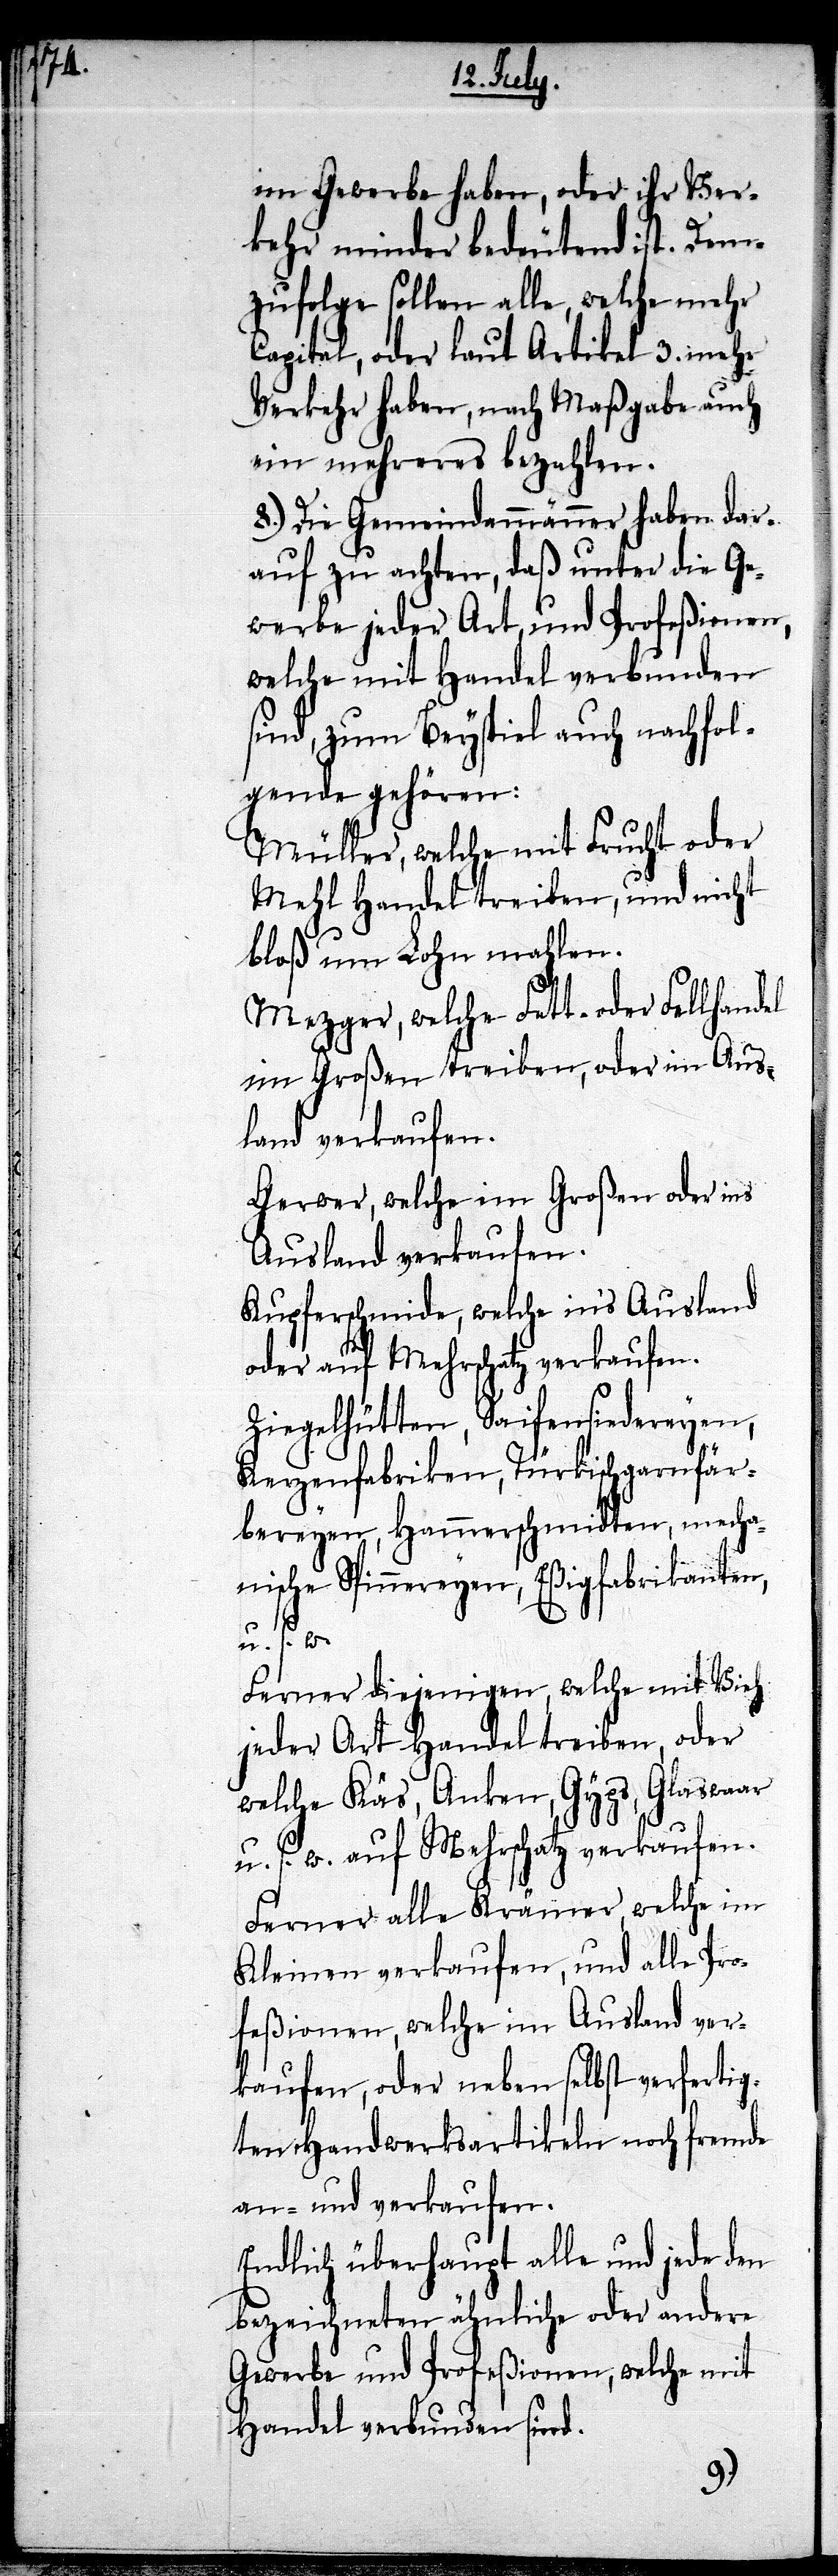
im Gewerbe haben, oder ihr Ver¬
kehr minder bedeutend ist. Dem¬
zufolge sollen alle, welche mehr
Capital, oder laut Artikel 3. mehr
Verkehr haben, nach Maßgabe auch
ein mehreres bezahlen.
8.) Die Gemeindammänner haben dar¬
auf zu achten, daß unter die Ge¬
werbe jeder Art, und Profeßionen,
welche mit Handel verbunden
sind, zum Beyspiel auch nachfol¬
gende gehören:
Müller, welche mit Frucht oder
Mehl Handel treiben, und nicht
bloß um Lohn mahlen.
Mezger, welche Fett- oder Fellhandel
im Großen treiben, oder im Aus¬
land verkaufen.
Gerwer, welche im Großen oder ins
Ausland verkaufen.
Kupferschmide, welche inʼs Ausland
oder auf Mehrschatz verkaufen.
Ziegelhütten, Saifensiedereyen,
Kerzenfabriken, Türkischgarnfär¬
bereyen, Hammerschmidten, mecha¬
nische Spinnereyen, Eßigfabrikanten,
u. s.
Ferner diejenigen, welche mit Vieh
jeder Art Handel treiben, oder
s, Glaswaar
welche Käs, Anken, Gyp¬
u. s. w. auf Mehrschatz verkaufen.
Ferner alle Krämer, welche im
Kleinen verkaufen, und alle Pro¬
feßionen, welche im Ausland ver¬
kaufen, oder neben selbst verfertig¬
ten Handwerksartikeln noch fremde
an- und verkaufen.
Endlich überhaupt alle und jede den
bezeichneten ähnliche oder andere
Gewerbe und Profeßionen, welche mit
Handel verbunden sind.